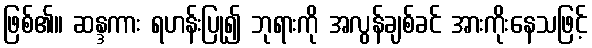
ဖြစ်၏။ ဆန္ဒကား ရဟန်းပြု၍ ဘုရားကို အလွန်ချစ်ခင် အားကိုးနေသဖြင့်